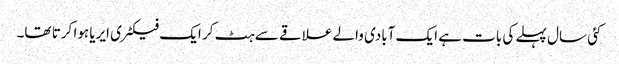
کئی سال پہلے کی بات ہے ایک آبادی والے علاقے سے ہٹ کر ایک فیکٹری ایریا ہوا کرتا تھا۔